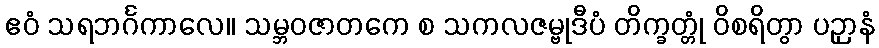
ဧဝံ သရဘင်္ဂကာလေ။ သမ္ဘဝဇာတကေ စ သကလဇမ္ဗုဒီပံ တိက္ခတ္တုံ ဝိစရိတွာ ပဉှာနံ